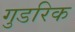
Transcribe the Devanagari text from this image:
गुडरिक